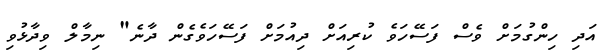
އަދި ހިންގުމަށް ވެސް ފަސޭހަވެ ކުރިއަށް ދިއުމަށް ފަސޭހަވެގެން ދާނެ" ނިމާލް ވިދާޅުވި